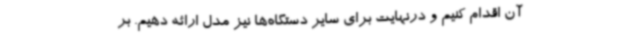
آن اقدام کنیم و درنهایت برای سایر دستگاه‌ها نیز مدل ارائه دهیم. بر